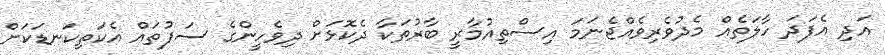
އަދި އެފަދަ ހާލަތެއް މެދުވެރިވެއްޖެނަމަ އިސްތިއުމާރީ ބާރުތަކާ ދެކޮޅަށް ދިވެހީންގެ ސަފުތައް އެކަތިކަނޑަކަށް